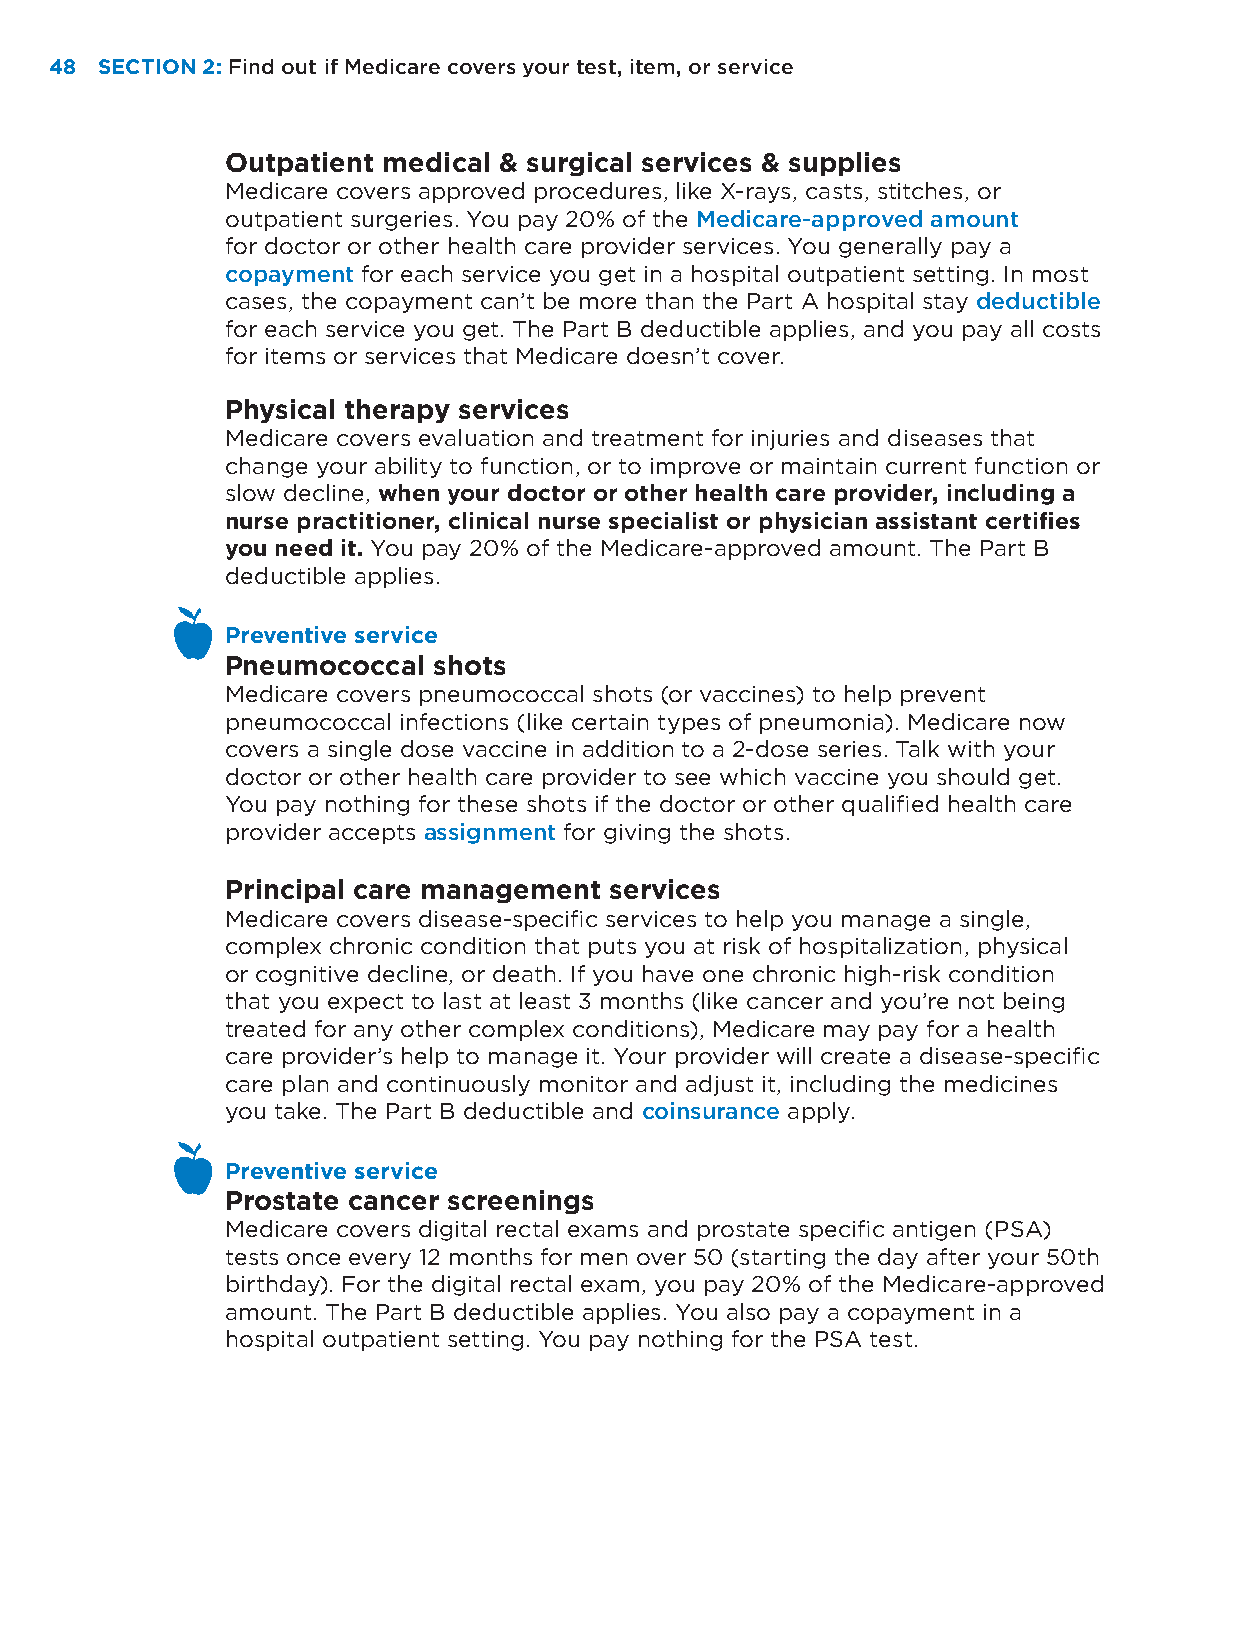
48 SECTION 2: Find out if Medicare covers your test, item, or service
 Outpatient medical & surgical services & supplies
 Medicare covers approved procedures, like X-rays, casts, stitches, or
 outpatient surgeries. You pay 20% of the Medicare-approved amount
 for doctor or other health care provider services. You generally pay a
 copayment for each service you get in a hospital outpatient setting. In most
 cases, the copayment can’t be more than the Part A hospital stay deductible
 for each service you get. The Part B deductible applies, and you pay all costs
 for items or services that Medicare doesn’t cover.
 Physical therapy services
 Medicare covers evaluation and treatment for injuries and diseases that
 change your ability to function, or to improve or maintain current function or
 slow decline, when your doctor or other health care provider, including a
 nurse practitioner, clinical nurse specialist or physician assistant certifies
 you need it. You pay 20% of the Medicare-approved amount. The Part B
 deductible applies.
 Preventive service
 Pneumococcal  shots
 Medicare covers pneumococcal shots (or vaccines) to help prevent
 pneumococcal infections (like certain types of pneumonia). Medicare now
 covers a single dose vaccine in addition to a 2-dose series. Talk with your
 doctor or other health care provider to see which vaccine you should get.
 You pay nothing for these shots if the doctor or other qualified health care
 provider accepts assignment for giving the shots.
 Principal care management services
 Medicare covers disease-specific services to help you manage a single,
 complex chronic condition that puts you at risk of hospitalization, physical
 or cognitive decline, or death. If you have one chronic high-risk condition
 that you expect to last at least 3 months (like cancer and you’re not being
 treated for any other complex conditions), Medicare may pay for a health
 care provider’s help to manage it. Your provider will create a disease-specific
 care plan and continuously monitor and adjust it, including the medicines
 you take. The Part B deductible and coinsurance apply.
 Preventive service
 Prostate cancer screenings
 Medicare covers digital rectal exams and prostate specific antigen (PSA)
 tests once every 12 months for men over 50 (starting the day after your 50th
 birthday). For the digital rectal exam, you pay 20% of the Medicare-approved
 amount. The Part B deductible applies. You also pay a copayment in a
 hospital outpatient setting. You pay nothing for the PSA test.